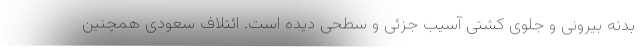
بدنه بیرونی و جلوی کشتی آسیب جزئی و سطحی دیده است. ائتلاف سعودی همچنین